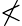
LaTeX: \nless